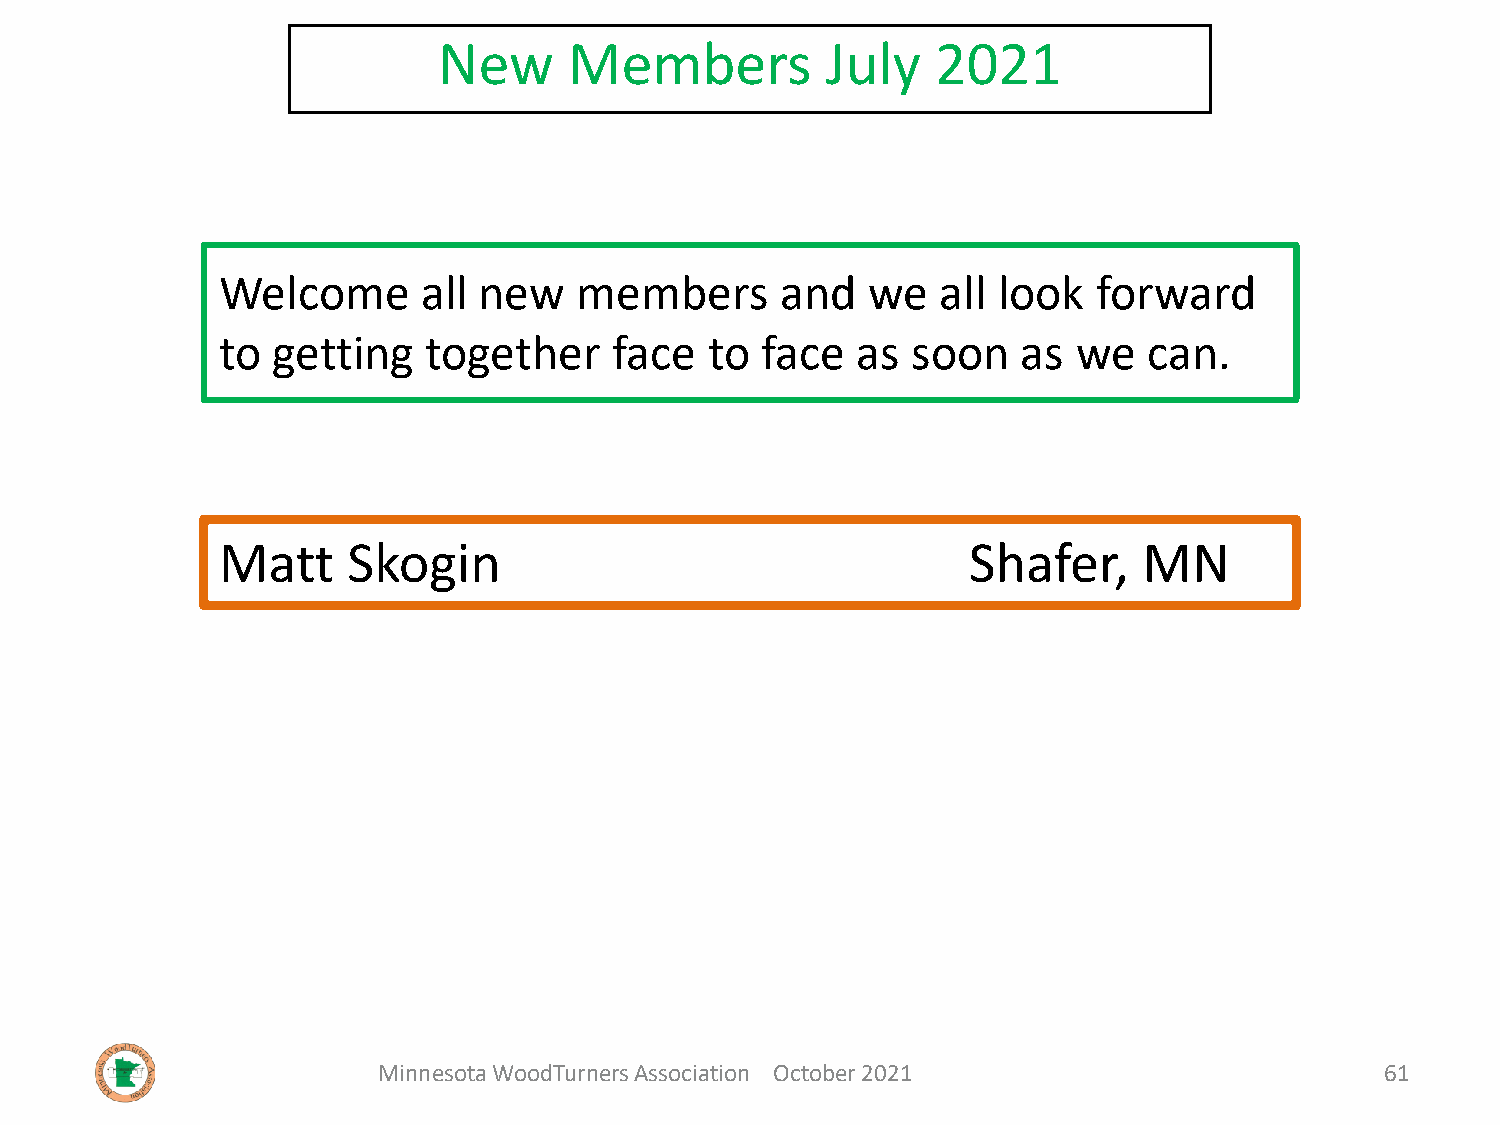
New      Members          July   2021
 Welcome       all new   members       and  we   all look   forward
 to  getting   together     face  to face   as soon    as we   can.
 Matt     Skogin                                   Shafer,     MN
 Minnesota WoodTurners Association October 2021                     61